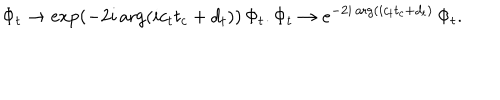
\Phi _ { t } \rightarrow \exp \left( - 2 i \arg ( i c _ { t } t _ { c } + d _ { t } ) \right) \, \Phi _ { t } . \Phi _ { t } \rightarrow e ^ { - 2 i \arg ( i c _ { t } t _ { c } + d _ { t } ) } \, \Phi _ { t } .